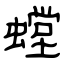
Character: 螳